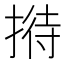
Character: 𢱜